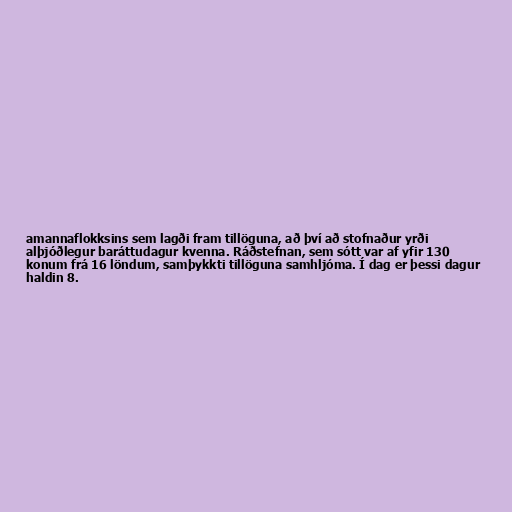
amannaflokksins sem lagði fram tillöguna, að því að stofnaður yrði
alþjóðlegur baráttudagur kvenna. Ráðstefnan, sem sótt var af yfir 130
konum frá 16 löndum, samþykkti tillöguna samhljóma. Í dag er þessi dagur
haldin 8.